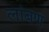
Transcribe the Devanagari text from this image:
लांबण